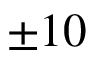
\pm 1 0